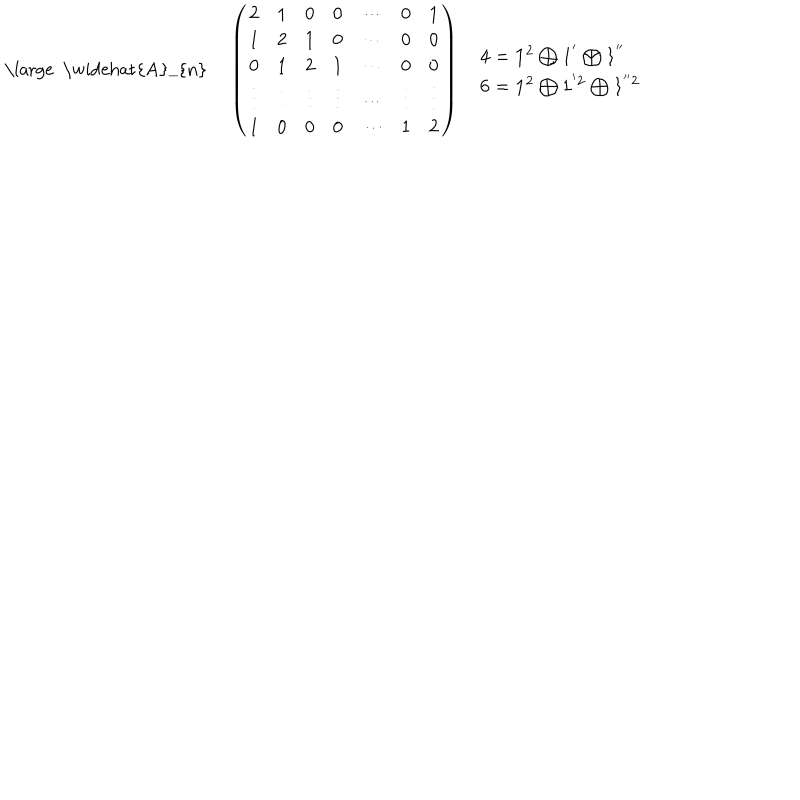
\begin{array} { c c c } { { { \mathrm { \large ~ \widehat { A } _ { n } ~ } } } } & { { \left( \begin{array} { c c c c c c c } { { 2 } } & { { 1 } } & { { 0 } } & { { 0 } } & { { \cdots } } & { { 0 } } & { { 1 } } \\ { { 1 } } & { { 2 } } & { { 1 } } & { { 0 } } & { { \cdots } } & { { 0 } } & { { 0 } } \\ { { 0 } } & { { 1 } } & { { 2 } } & { { 1 } } & { { \cdots } } & { { 0 } } & { { 0 } } \\ { { \vdots } } & { { \vdots } } & { { \vdots } } & { { \vdots } } & { { \cdots } } & { { \vdots } } & { { \vdots } } \\ { { 1 } } & { { 0 } } & { { 0 } } & { { 0 } } & { { \cdots } } & { { 1 } } & { { 2 } } \\ \end{array} \right) } } & { { \begin{array} { l } { { { \bf 4 } = { \bf 1 ^ { 2 } } \bigoplus { \bf 1 ^ { ' } } \bigoplus { \bf 1 ^ { ' ^ { \prime } } } } } \\ { { { \bf 6 } = { \bf 1 ^ { 2 } } \bigoplus { \bf 1 ^ { ' 2 } } \bigoplus { \bf 1 ^ { ' ^ { \prime } 2 } } } } \\ \end{array} } } \\ \end{array}